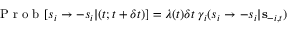
\begin{array} { r } { \textrm { P r o b } [ s _ { i } \to - s _ { i } | ( t ; t + \delta t ) ] = \lambda ( t ) \delta t \; \gamma _ { i } ( s _ { i } \to - s _ { i } \vert { \bf s } _ { - i , t } ) } \\ { \; } \end{array}